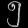
Digit: ၅